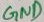
Text: GND